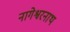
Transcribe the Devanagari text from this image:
नागेश्वरनाथ